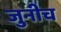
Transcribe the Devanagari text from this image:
जुनीच